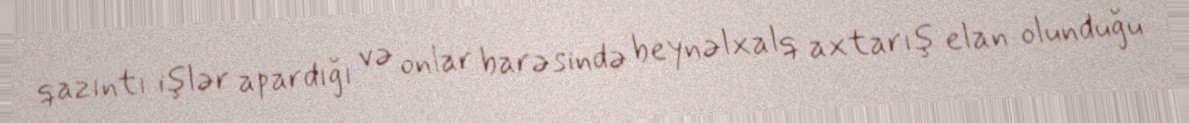
qazıntı işlər apardığı və onlar barəsində beynəlxalq axtarış elan olunduğu